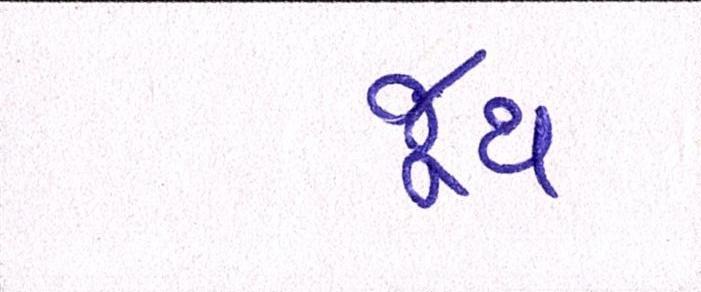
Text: જૂથ